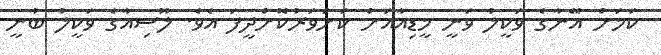
ކަމަށް އޭނާގެ ވަކީލު ވަނީ މީޑިއާއަށް ކަށަވަރުކޮށްދީފަ އެވެ. ލޫސިއާގެ ވަކީލު ބުނީ